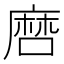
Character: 𢊠